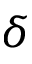
\delta